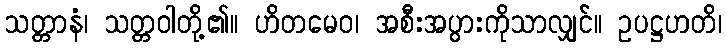
သတ္တာနံ၊ သတ္တဝါတို့၏။ ဟိတမေဝ၊ အစီးအပွားကိုသာလျှင်။ ဥပဋ္ဌဟတိ၊